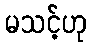
မသင့်ဟု